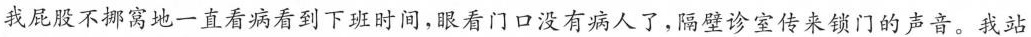
我屁股不挪窝地一直看病看到下班时间，眼看门口没有病人了，隔壁诊室传来锁门的声音。我站